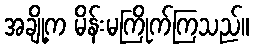
အချို့က မိန်းမကြိုက်ကြသည်။